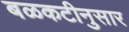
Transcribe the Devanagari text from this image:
बळकटीनुसार